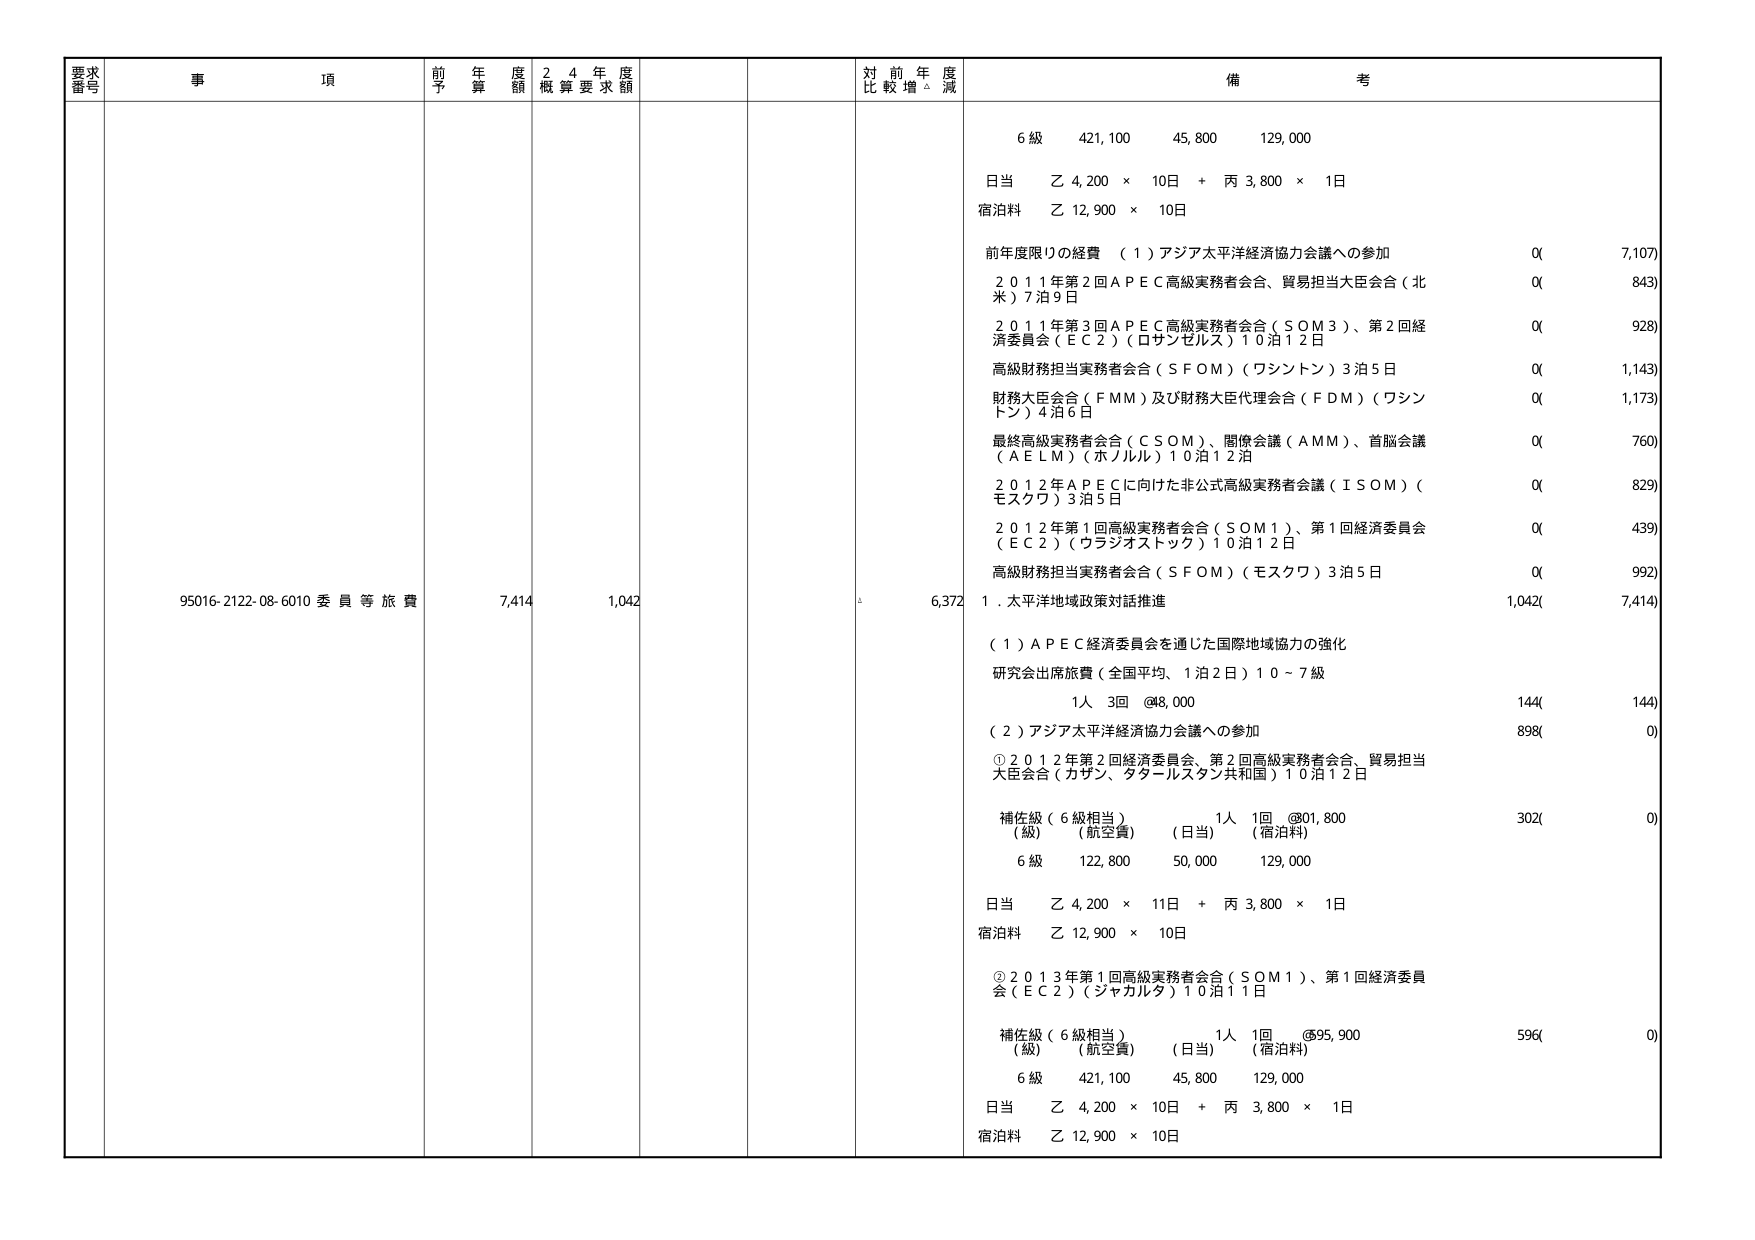
要求番号
事項
前年度予算額
24年度概算要求額
対前年度比較増減
備考
6級 421,100 45,800 129,000
日当 乙 4,200 × 10日 + 丙 3,800 × 1日
宿泊料 乙 12,900 × 10日
前年度限りの経費 （1）アジア太平洋経済協力会議への参加 0( 7,107)
2011年第2回ＡＰＥＣ高級実務者会合、貿易担当大臣会合（北米）7泊9日 0( 843)
2011年第3回ＡＰＥＣ高級実務者会合（ＳＯＭ3）、第2回経済委員会（ＥＣ2）（ロサンゼルス）10泊12日 0( 928)
高級財務担当実務者会合（ＳＦＯＭ）（ワシントン）3泊5日 0( 1,143)
財務大臣会合（ＦＭＭ）及び財務大臣代理会合（ＦＤＭ）（ワシントン）4泊6日 0( 1,173)
最終高級実務者会合（ＣＳＯＭ）、閣僚会議（ＡＭＭ）、首脳会議（ＡＥＬＭ）（ホノルル）10泊12泊 0( 760)
2012年ＡＰＥＣに向けた非公式高級実務者会議（ＩＳＯＭ）（モスクワ）3泊5日 0( 829)
2012年第1回高級実務者会合（ＳＯＭ1）、第1回経済委員会（ＥＣ2）（ワシジオストック）10泊12日 0( 439)
高級財務担当実務者会合（ＳＦＯＭ）（モスクワ）3泊5日 0( 992)
95016-2122-08-6010 委員等旅費 7,414 1,042 6,372 1．太平洋地域政策対話推進 1,042( 7,414)
（1）ＡＰＥＣ経済委員会を通じた国際地域協力の強化
研究会出席旅費（全国平均、1泊2日）10～7級
1人 3回 @48,000 144( 144)
（2）アジア太平洋経済協力会議への参加 898( 0)
①2012年第2回経済委員会、第2回高級実務者会合、貿易担当大臣会合（カザン、タタールスタン共和国）10泊12日
補佐級（6級相当） 1人 1回 @91,800 302( 0)
（級） （航空費） （日当） （宿泊料）
6級 122,800 50,000 129,000
日当 乙 4,200 × 11日 + 丙 3,800 × 1日
宿泊料 乙 12,900 × 10日
②2013年第1回高級実務者会合（ＳＯＭ1）、第1回経済委員会（ＥＣ2）（ジャカルタ）10泊11日
補佐級（6級相当） 1人 1回 @95,900 596( 0)
（級） （航空費） （日当） （宿泊料）
6級 421,100 45,800 129,000
日当 乙 4,200 × 10日 + 丙 3,800 × 1日
宿泊料 乙 12,900 × 10日